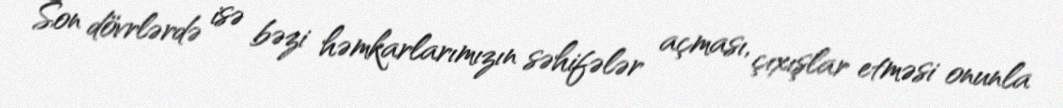
Son dövrlərdə isə bəzi həmkarlarımızın səhifələr açması, çıxışlar etməsi onunla